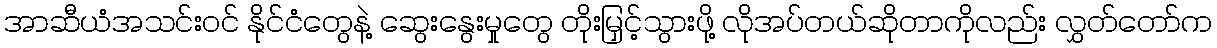
အာဆီယံအသင်းဝင် နိုင်ငံတွေနဲ့ ဆွေးနွေးမှုတွေ တိုးမြှင့်သွားဖို့ လိုအပ်တယ်ဆိုတာကိုလည်း လွှတ်တော်က